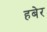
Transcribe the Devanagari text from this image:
हबेर